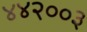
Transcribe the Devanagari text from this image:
४४२००३